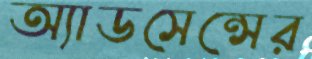
অ্যাডসেন্সের